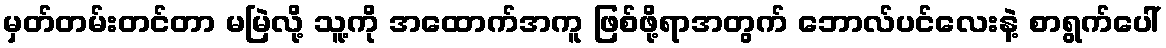
မှတ်တမ်းတင်တာ မမြဲလို့ သူ့ကို အထောက်အကူ ဖြစ်ဖို့ရာအတွက် ဘောလ်ပင်လေးနဲ့ စာရွက်ပေါ်